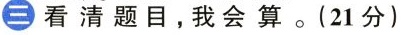
看清题目，我会算。(21分)